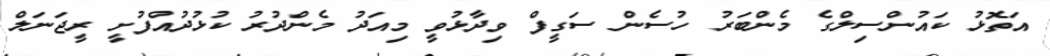
އަތޮޅު ކައުންސިލްގެ މެންބަރު ހުސެން ސަގީފް ވިދާޅުވީ މިއަދު މެންދުރު ކުޅުދުއްފުށީ ރީޖަނަލް